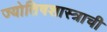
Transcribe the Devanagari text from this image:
ज्योतिषशास्त्राची